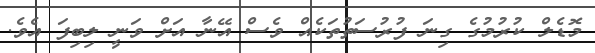
މޮޑެލް ކުރުމުގެ ގިނަ ފުރުސަތުތަކެއް ވެސް އޭނާ އަށް ވަނީ ލިބިފަ އެވެ.